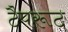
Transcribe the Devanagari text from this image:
टैपरूट